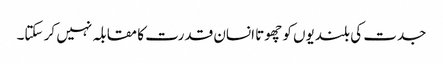
جدت کی بلندیوں کو چھوتا انسان قدرت کا مقابلہ نہیں کر سکتا۔